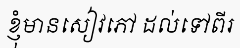
ខ្ញុំមានសៀវភៅ ដល់ទៅពីរ